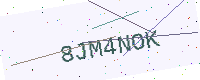
Text: 8JM4NOK